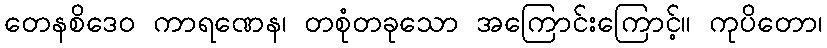
တေနစိဒေဝ ကာရဏေန၊ တစုံတခုသော အကြောင်းကြောင့်။ ကုပိတော၊